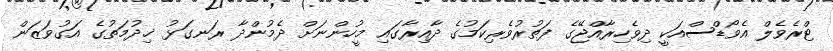
ޓްރެވެލް އެވޯޑްސްއަކީ ދިވެހިރާއްޖޭގެ ފަތުރުވެރިކަމުގެ ދާއިރާގައި މީހުންނަށް ދެމުންދާ ރަނގަޅު ޚިދުމަތުގެ އަގުވަޒަން